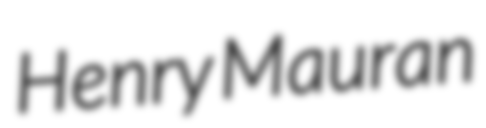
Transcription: Henry Mauran